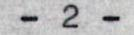
- 2 -